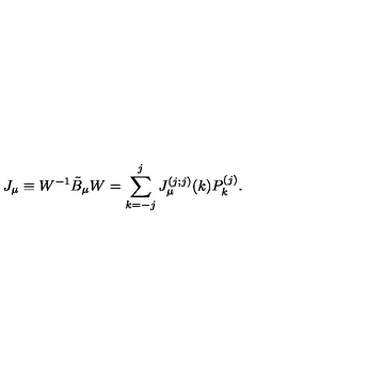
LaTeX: J _ { \mu } \equiv W ^ { - 1 } \tilde { B } _ { \mu } W = \sum _ { k = - j } ^ { j } J _ { \mu } ^ { ( j ; j ) } ( k ) P _ { k } ^ { ( j ) } .